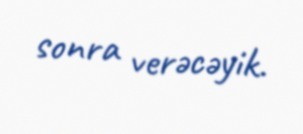
sonra verəcəyik.